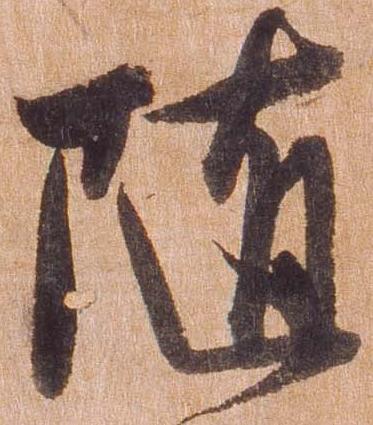
随